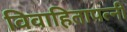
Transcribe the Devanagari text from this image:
विवाहितापत्नी